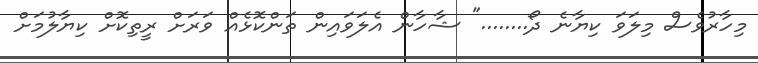
މިހާރުވެސް މިލަވަ ކިޔާނެ ދޯ........" ޝާހާން އެލަވައިން ތަންކޮޅެއް ވަރަށް ރީތިކޮށް ކިޔާލުމަށް